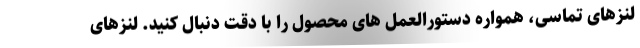
لنزهای تماسی، همواره دستورالعمل های محصول را با دقت دنبال کنید. لنزهای